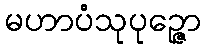
မဟာပံသုပုဉ္ဇော